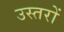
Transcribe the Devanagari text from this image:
उस्तरों